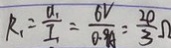
R _ { 1 } = \frac { a _ { 1 } } { I _ { 1 } } = \frac { 6 V } { 0 . 9 A } = \frac { 2 0 } { 3 } \Omega